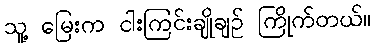
သူ့ မြေးက ငါးကြင်းချိုချဉ် ကြိုက်တယ်။